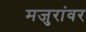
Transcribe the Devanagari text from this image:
मजुरांवर